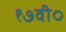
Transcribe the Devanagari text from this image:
१७वी०